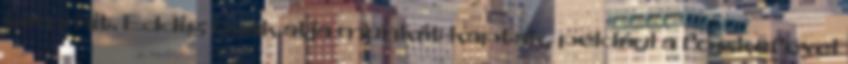
semmit. Eddig csak alja munkát kaptak, például a fogkefével